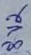
Text: 8V2